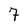
Character: 7